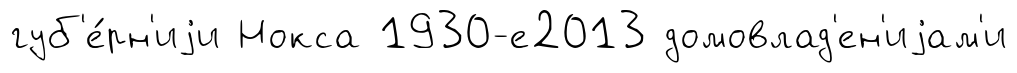
губ'е́рн'иjи Нокса 1930-е2013 домовлад'ен'иjам'и